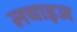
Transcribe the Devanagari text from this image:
लचाइज